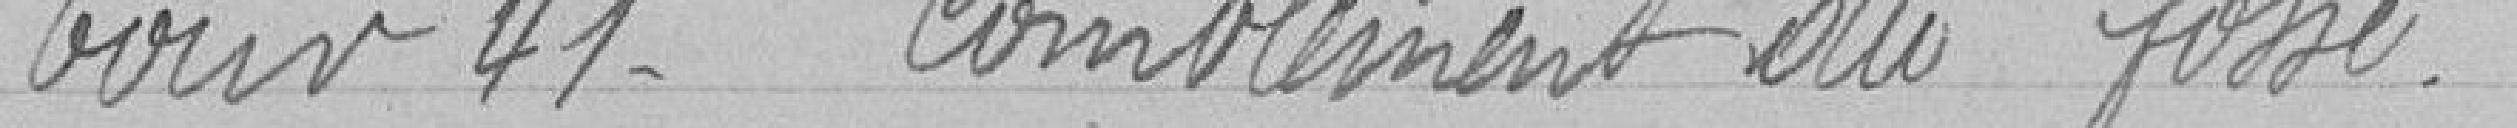
Jour 41. Comblement du fossé